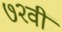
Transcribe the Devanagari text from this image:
७२वीं